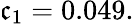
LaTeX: \mathfrak{c}_{1}=0.049.